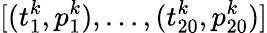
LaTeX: [(t_{1}^{k},p_{1}^{k}),\dots,(t_{20}^{k},p_{20}^{k})]